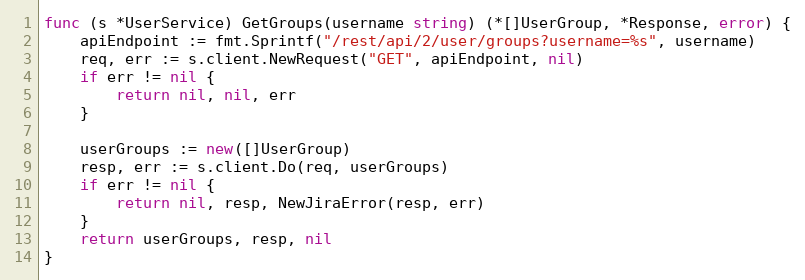
Language: Go
func (s *UserService) GetGroups(username string) (*[]UserGroup, *Response, error) {
	apiEndpoint := fmt.Sprintf("/rest/api/2/user/groups?username=%s", username)
	req, err := s.client.NewRequest("GET", apiEndpoint, nil)
	if err != nil {
		return nil, nil, err
	}

	userGroups := new([]UserGroup)
	resp, err := s.client.Do(req, userGroups)
	if err != nil {
		return nil, resp, NewJiraError(resp, err)
	}
	return userGroups, resp, nil
}